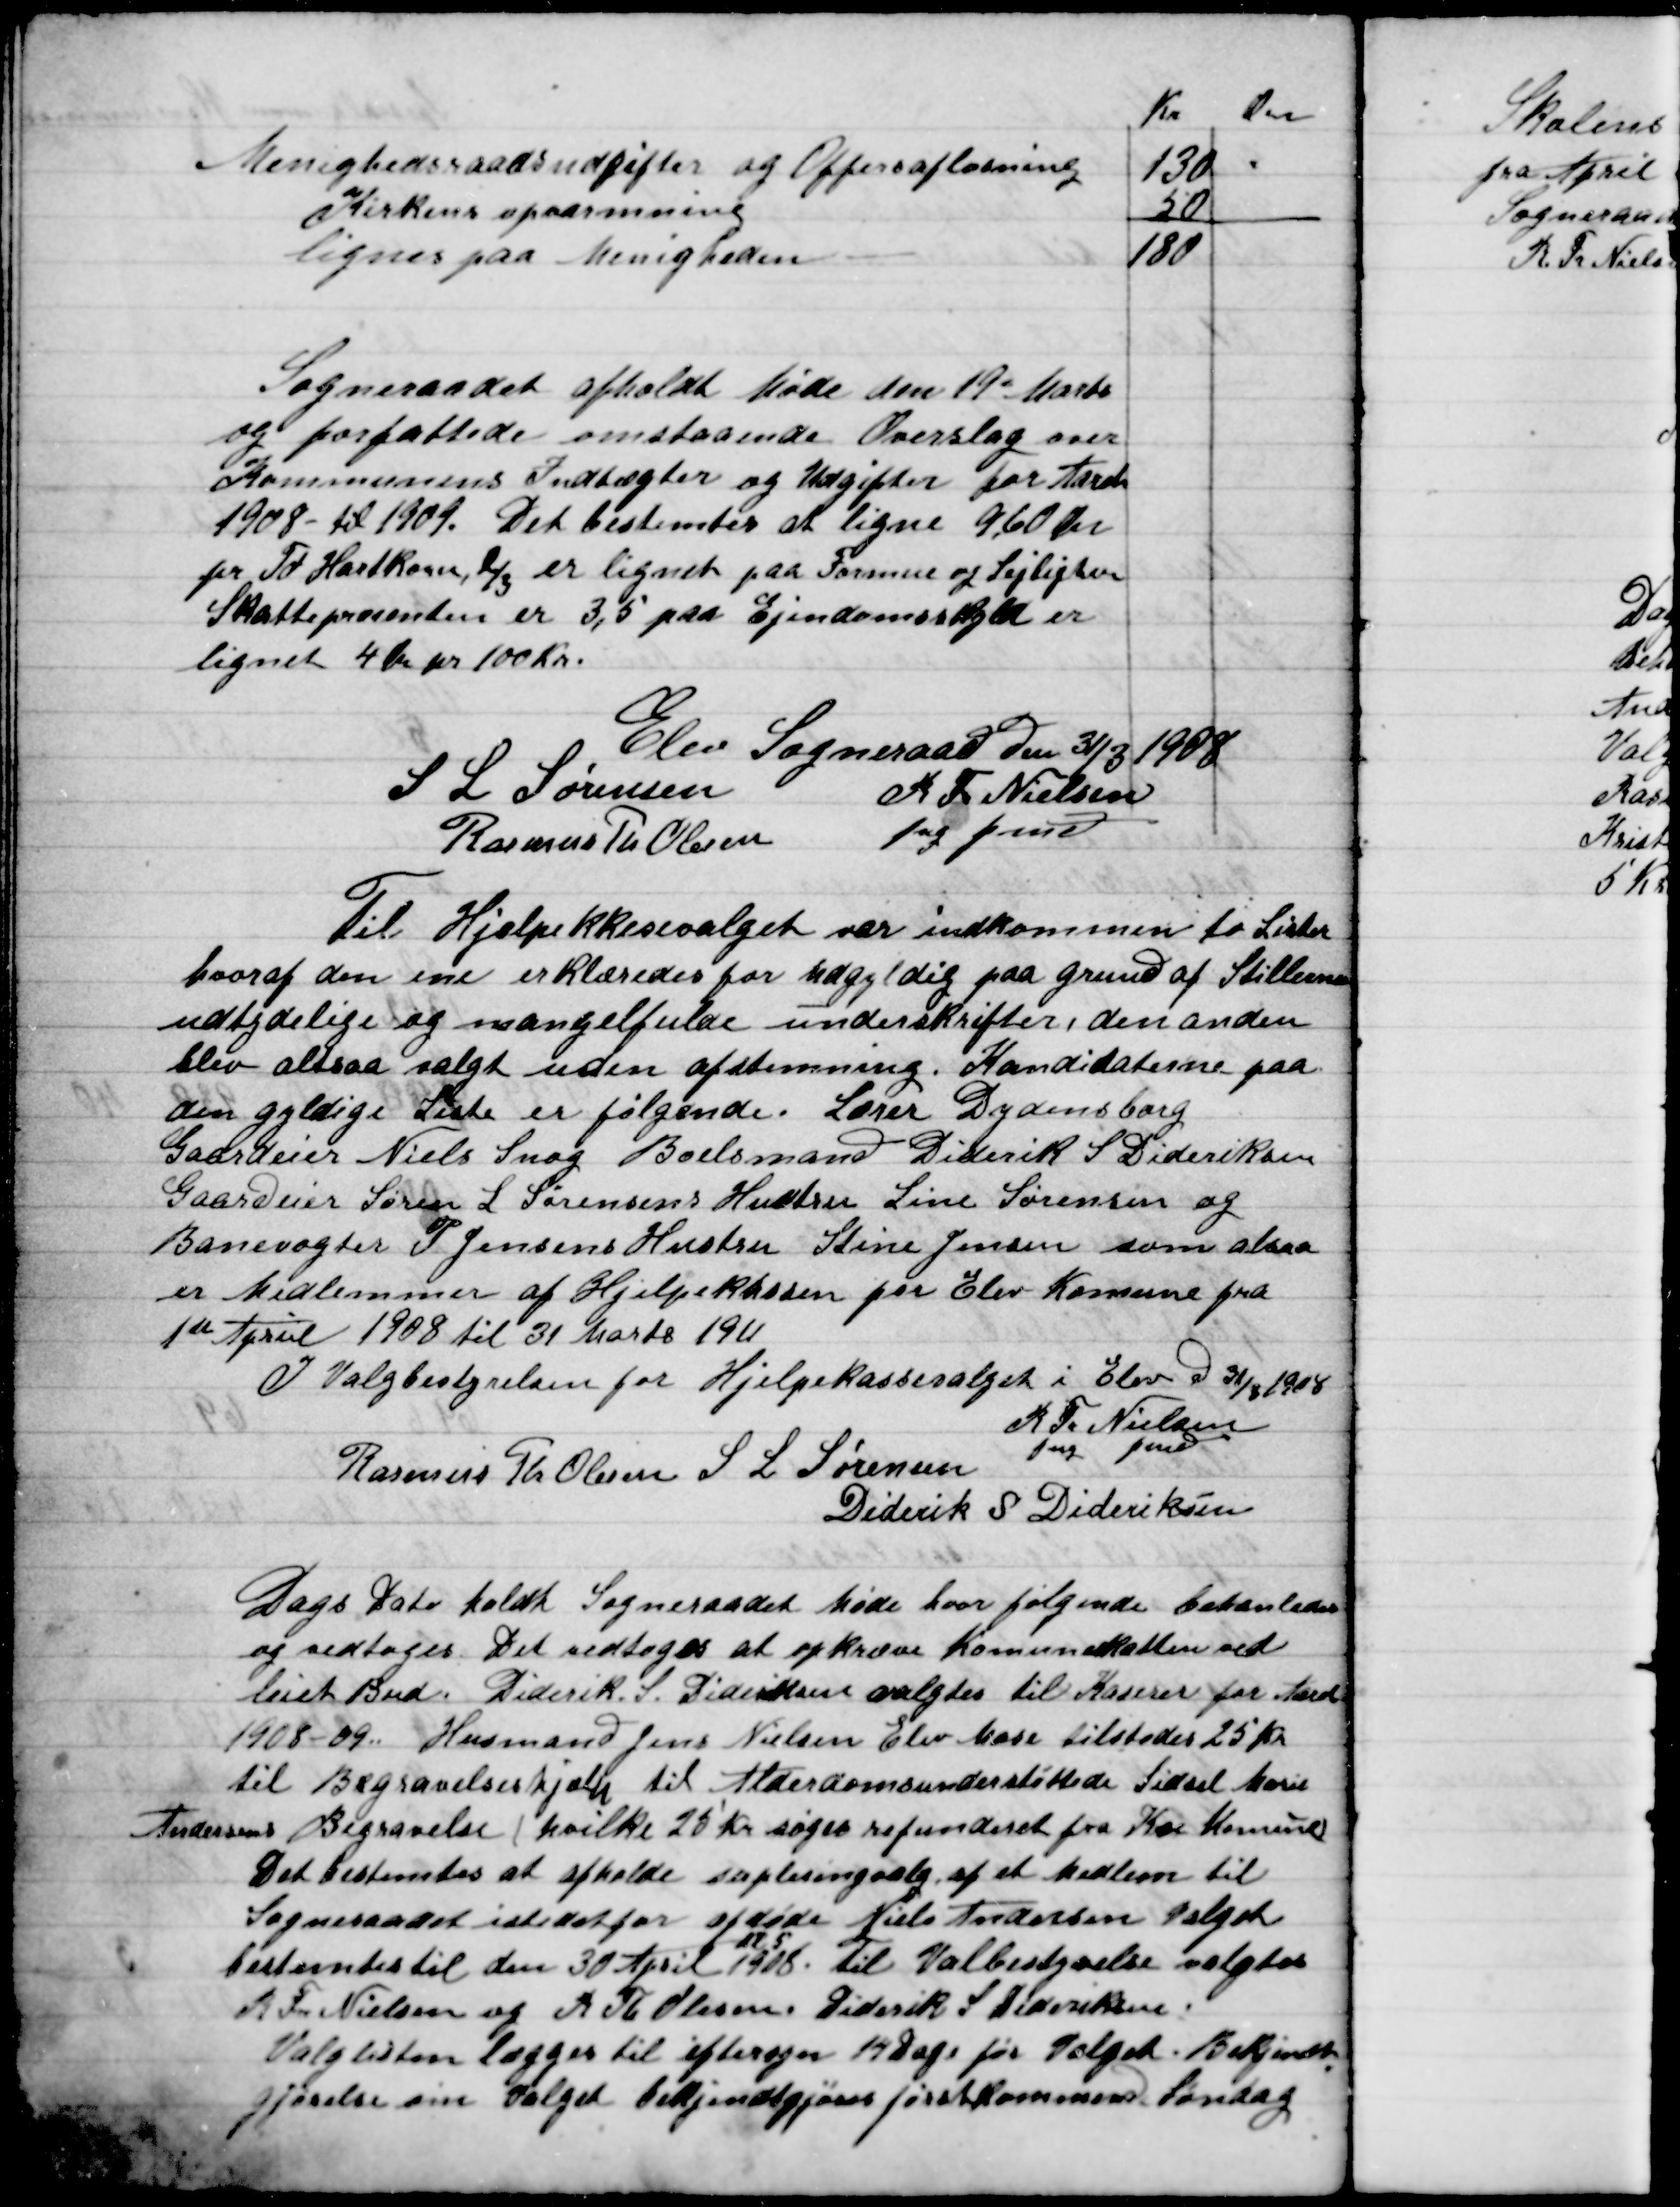
Transskription:
Sogneraadet afholdt Møde den 19. Marts 
og forfattede omstaaende Overslag over
Kommunens Indtægter og Udgifter for Aaret
1908- til 1909. Det bestemtes at ligne 9,60 Øre
pr. Td. Hartkorn, 2/3 er lignet paa  Formue og Lejlighed
Skatteprocenten er 3,5 paa Ejendomsskyld er
Lignet 4 Øre pr. 100 Kr.

Elev Sogneraad den 31/8 1908

S. L. Sørensen
 R. Tr. Nielsen
Rasmus Th. Olsen 	
Fng. Fmd.

Til Hjælpekkassevalget  var indkommen to Lister
hvoraf den ene erklæredes for ugyldig grund af Stillernes
udtydelige og mangelfulde underskrifter, den anden
blev altsaa valgt uden afstemning. Kandidaterne paa
den gyldige Liste er følgende. Lærer Dydensborg,
Gaardeier Niels Snog, Boelsmand Diderik S. Dideriksen
Gaardeier Søren L. Sørensens Hustru Line Sørensen og
Banevogter P. Jensens Hustru Stine Jensen som altsaa
er Medlemmer af Hjælpekassen paa Elev Kommune fra
1ste April 1908 til 31 Marts 1911.

I Valgbestyrelsen for Hjælpekassesalget i Elev D. 31/3 1908

R. Fr. Nielsen
fng fmd.
Rasmus Th. Olesen
S. L. Sørensen
Diderik S. Diderikse

Dags Dato holdt Sogneraadet Møde hvor følgende bestemtedes
og vedtoges. Det vedtoges at opkræve  Kommuneskatten ved
leiet bud. Diderik S. Dideriksen valgtes til Kasserer for Aaret
1908-09. Husmand Jens Nielsen Elev Mose tilstodes 25 Kr.
til Bogsamlingshjælp til Alderdomsunderstøttelse Sidsel Marie
Andersens Begravelse, hvilke 25 Kr. søges refunderet fra Koe Kommune.
Det bestemtes at afholde suppleringsvalg af et Medlem til 
Sogneraadet i stedet for afdøde Niels Andersen valget
bestemtes til den 30 April 1908 Kl. 5. til Valgbestyrelse valgtes
R. Fr. Nielsen og R. Th. Olesen, Diderik S. Dideriksen.   
Valglisten lægges til eftersyn 14 Dage før Valget. Bekjendt-
gørelse om Valgt bekjendtgjøres først kommen Lørdag